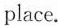
place.